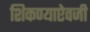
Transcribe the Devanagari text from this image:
शिकण्याऐवजी